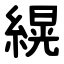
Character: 縨